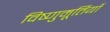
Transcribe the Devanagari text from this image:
विष्णुमूर्तियाँ